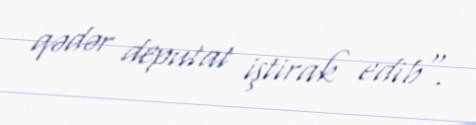
qədər deputat iştirak edib".